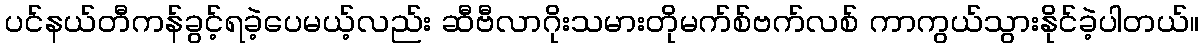
ပင်နယ်တီကန်ခွင့်ရခဲ့ပေမယ့်လည်း ဆီဗီလာဂိုးသမားတိုမက်စ်ဗက်လစ် ကာကွယ်သွားနိုင်ခဲ့ပါတယ်။